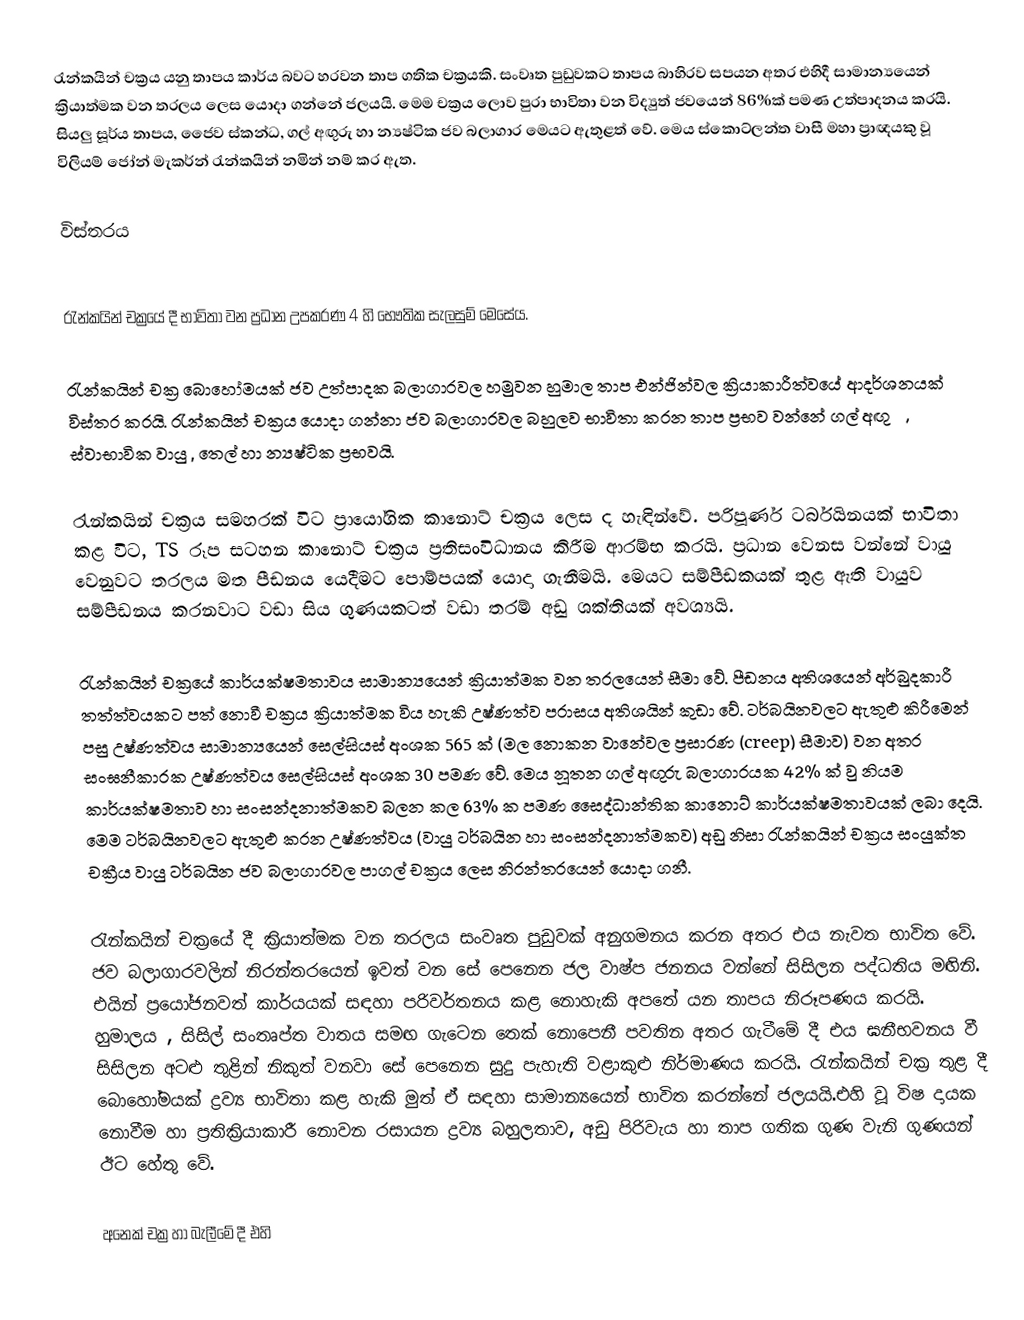
රැන්කයින් චක්‍රය යනු තාපය කාර්ය බවට හරවන තාප ගතික චක්‍රයකි. සංවෘත පුඩුවකට තාපය බාහිරව සපයන අතර එහිදී සාමාන්‍යයෙන් ක්‍රියාත්මක වන තරලය ලෙස යොදා ගන්නේ ජලයයි. මෙම චක්‍රය ලොව පුරා භාවිතා වන විද්‍යුත් ජවයෙන් 86%ක් පමණ උත්පාදනය කරයි. සියලු සූර්ය තාපය, ජෛව ස්කන්ධ, ගල් අඟුරු හා න්‍යෂ්ටික ජව බලාගාර මෙයට ඇතුළත් වේ. මෙය ස්කොට්ලන්ත වාසී මහා ප්‍රාඥයකු වූ විලියම් ජෝන් මැකර්න් රැන්කයින් නමින් නම් කර ඇත.

විස්තරය

රැන්කයින් චක්‍රයේ දී භාවිතා වන ප්‍රධාන උපකරණ 4 හි භෞතික සැලසුම් මෙසේය.

රැන්කයින් චක්‍ර බොහෝමයක් ජව උත්පාදක බලාගාරවල හමුවන හුමාල තාප එන්ජින්වල ක්‍රියාකාරීත්වයේ ආදර්ශනයක් විස්තර කරයි. රැන්කයින් චක්‍රය යොදා ගන්නා ජව බලාගාරවල බහුලව භාවිතා කරන තාප ප්‍රභව වන්නේ ගල් අඟුරු, ස්වාභාවික වායු , තෙල් හා න්‍යෂ්ටික ප්‍රභවයි.

රැන්කයින් චක්‍රය සමහරක් විට ප්‍රායෝගික කානොට් චක්‍රය ලෙස ද හැඳින්වේ. පරිපූර්ණ ටර්බයිනයක් භාවිතා කළ විට, TS රූප සටහන කානොට් චක්‍රය ප්‍රතිසංවිධානය කිරීම ආරම්භ කරයි. ප්‍රධාන වෙනස වන්නේ වායු වෙනුවට තරලය මත පීඩනය යෙදීමට පොම්පයක් යොදා ගැනීමයි. මෙයට සම්පීඩකයක් තුළ ඇති වායුව සම්පීඩනය කරනවාට වඩා සිය ගුණයකටත් වඩා තරම් අඩු ශක්තියක් අවශ්‍යයි.

රැන්කයින් චක්‍රයේ කාර්යක්ෂමතාවය සාමාන්‍යයෙන් ක්‍රියාත්මක වන තරලයෙන් සීමා වේ. පීඩනය අතිශයෙන් අර්බුදකාරී තත්ත්වයකට පත් නොවී චක්‍රය ක්‍රියාත්මක විය හැකි උෂ්ණත්ව පරාසය අතිශයින් කුඩා වේ. ටර්බයිනවලට ඇතුළු කිරීමෙන් පසු උෂ්ණත්වය සාමාන්‍යයෙන් සෙල්සියස් අංශක 565 ක් (මල නොකන වානේවල ප්‍රසාරණ (creep) සීමාව) වන අතර සංඝනීකාරක උෂ්ණත්වය සෙල්සියස් අංශක 30 පමණ වේ. මෙය නූතන ගල් අඟුරු බලාගාරයක 42% ක් වු නියම කාර්යක්ෂමතාව හා සංසන්දනාත්මකව බලන කල 63% ක පමණ සෛද්ධාන්තික කානොට් කාර්යක්ෂමතාවයක් ලබා දෙයි. මෙම ටර්බයිනවලට ඇතුළු කරන උෂ්ණත්වය (වායු ටර්බයින හා සංසන්දනාත්මකව) අඩු නිසා රැන්කයින් චක්‍රය සංයුක්ත චක්‍රීය වායු ටර්බයින ජව බලාගාරවල පාගල් චක්‍රය ලෙස නිරන්තරයෙන් යොදා ගනී.

රැන්කයින් චක්‍රයේ දී ක්‍රියාත්මක වන තරලය සංවෘත පුඩුවක් අනුගමනය කරන අතර එය නැවත භාවිත වේ. ජව බලාගාරවලින් නිරන්තරයෙන් ඉවත් වන සේ පෙනෙන ජල වාෂ්ප ජනනය වන්නේ සිසිලන පද්ධතිය මඟිනි. එයින් ප්‍රයෝජනවත් කාර්යයක් සඳහා පරිවර්තනය කළ නොහැකි අපතේ යන තාපය නිරූපණය කරයි. හුමාලය , සිසිල් සංතෘප්ත වාතය සමඟ ගැටෙන තෙක් නොපෙනී පවතින අතර ගැටීමේ දී එය ඝනීභවනය වී සිසිලන අටළු තුළින් නිකුත් වනවා සේ පෙනෙන සුදු පැහැති වළාකුළු නිර්මාණය කරයි. රැන්කයින් චක්‍ර තුළ දී බොහෝමයක් ද්‍රව්‍ය භාවිතා කළ හැකි මුත් ඒ සඳහා සාමාන්‍යයෙන් භාවිත කරන්නේ ජලයයි.එහි වූ විෂ දායක නොවීම හා ප්‍රතික්‍රියාකාරී නොවන රසායන ද්‍රව්‍ය බහුලතාව, අඩු පිරිවැය හා තාප ගතික ගුණ වැනි ගුණයන් ඊට හේතු වේ.

අනෙක් චක්‍ර හා බැලීමේ දී එහි